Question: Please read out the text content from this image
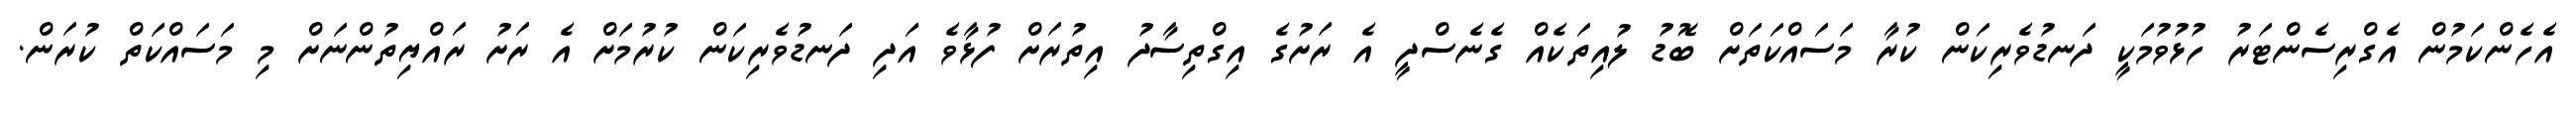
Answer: އެހެންކަމުން އެގްރިސެންޓަރު ހުޅުވުމަކީ ދަނޑުވެރިކަން ކުރާ މަސައްކަތަށް ބޮޑު ލުއިތަކެއް ގެނެސްދީ އެ ރަށުގެ އިގްތިސާދު އިތުރަށް ފުޅާވެ އަދި ދަނޑުވެރިކަން ކުރުމަށް އެ ރަށު ރައްޔިތުންނަށް މި މަސައްކަތް ކުރަން.